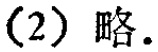
(2) 略.